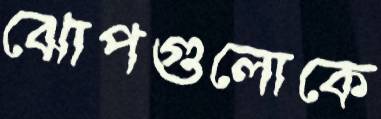
ঝোপগুলোকে